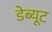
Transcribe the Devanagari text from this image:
डेब्यूट